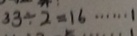
3 3 \div 2 = 1 6 \cdots 1